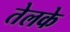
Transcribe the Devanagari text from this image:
तेलके